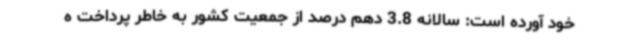
خود آورده است: سالانه 3.8 دهم درصد از جمعیت کشور به خاطر پرداخت ه